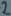
Text: 2